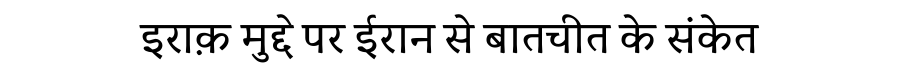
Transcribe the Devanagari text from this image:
इराक़ मुद्दे पर ईरान से बातचीत के संकेत